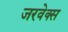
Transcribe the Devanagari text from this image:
जरवेक्स